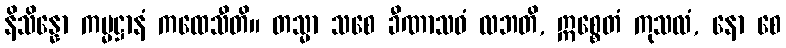
နိသိန္နော ကမ္မဋ္ဌာနံ ကထေသီတိ။ တသ္မာ သစေ ခီဏာသဝံ လဘတိ, ဣစ္စေတံ ကုသလံ, နော စေ